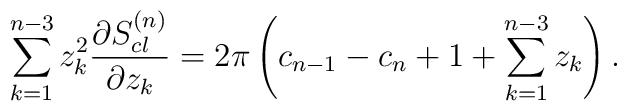
\sum_{k=1}^{n-3}z_k^2{\partial S^{(n)}_{cl}\over \partial z_k}=2\pi \left(c_{n-1}-c_n+1+\sum_{k=1}^{n-3}z_k\right).